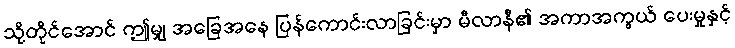
သို့တိုင်အောင် ဤမျှ အခြေအနေ ပြန်ကောင်းလာခြင်းမှာ မီလာနီ၏ အကာအကွယ် ပေးမှုနှင့်